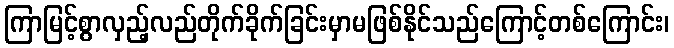
ကြာမြင့်စွာလှည့်လည်တိုက်ခိုက်ခြင်းမှာမဖြစ်နိုင်သည်ကြောင့်တစ်ကြောင်း၊